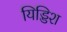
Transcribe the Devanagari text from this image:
यिड्डिश